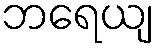
ဘရေယျ